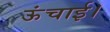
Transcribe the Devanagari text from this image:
ऊंचाई।